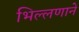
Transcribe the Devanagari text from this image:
भिल्लणाने